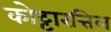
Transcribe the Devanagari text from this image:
कोट्टारत्तिल